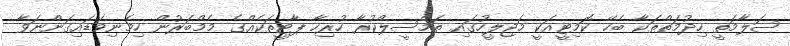
ސަލާމަތީ ހިދުމަތްތަކާ ބެހޭ ކޮމިޓީއަކީ މަޖިލީހުގައި ތަމްސީލްކުރާ ހުރިހާ ޕާޓީތަކެއްގެ މެމްބަރުން ހިމެނިވަޑައިގަންނަވާ